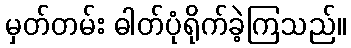
မှတ်တမ်း ဓါတ်ပုံရိုက်ခဲ့ကြသည်။